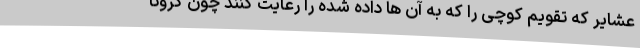
عشایر که تقویم کوچی را که به آن ها داده شده را رعایت کنند چون کرونا